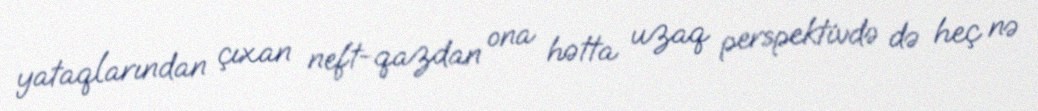
yataqlarından çıxan neft-qazdan ona hətta uzaq perspektivdə də heç nə